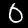
Label: 0